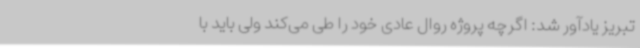
تبریز یادآور شد: اگرچه پروژه روال عادی خود را طی می‌کند ولی باید با